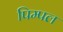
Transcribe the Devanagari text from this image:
पिम्पल